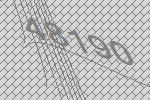
48190